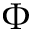
\Phi